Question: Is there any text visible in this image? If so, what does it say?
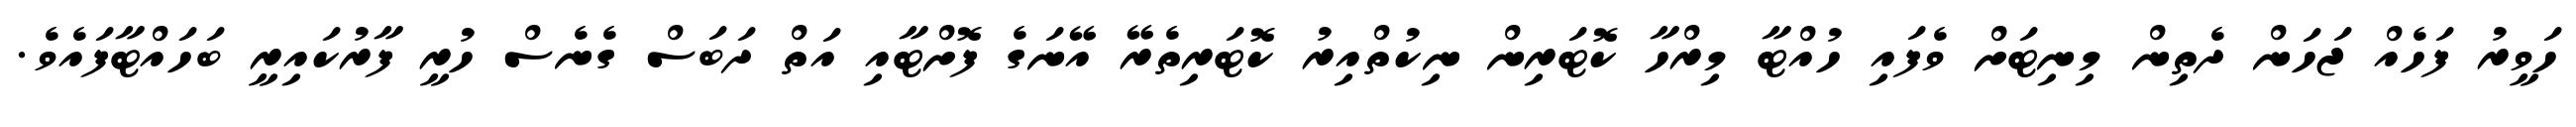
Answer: ހަވީރު ފަހެއް ޖަހަން ދެތިން މިނިޓަށް ވެފައި ހުއްޓާ މިރްހާ ކޮޓަރިން ނިކުތްއިރު ކޮޓަރިތެރޭ އޭނަގެ ފޮށްޓާއި އަތް ދަބަސް ގެނެސް ހުރީ ފާރުކައިރީ ބަހައްޓާފައެވެ.